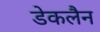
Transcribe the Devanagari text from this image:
डेकलैन